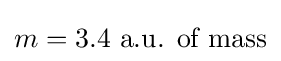
m=3.4~{\text{a.u. of mass}}